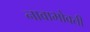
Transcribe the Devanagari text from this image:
नावाभोवती